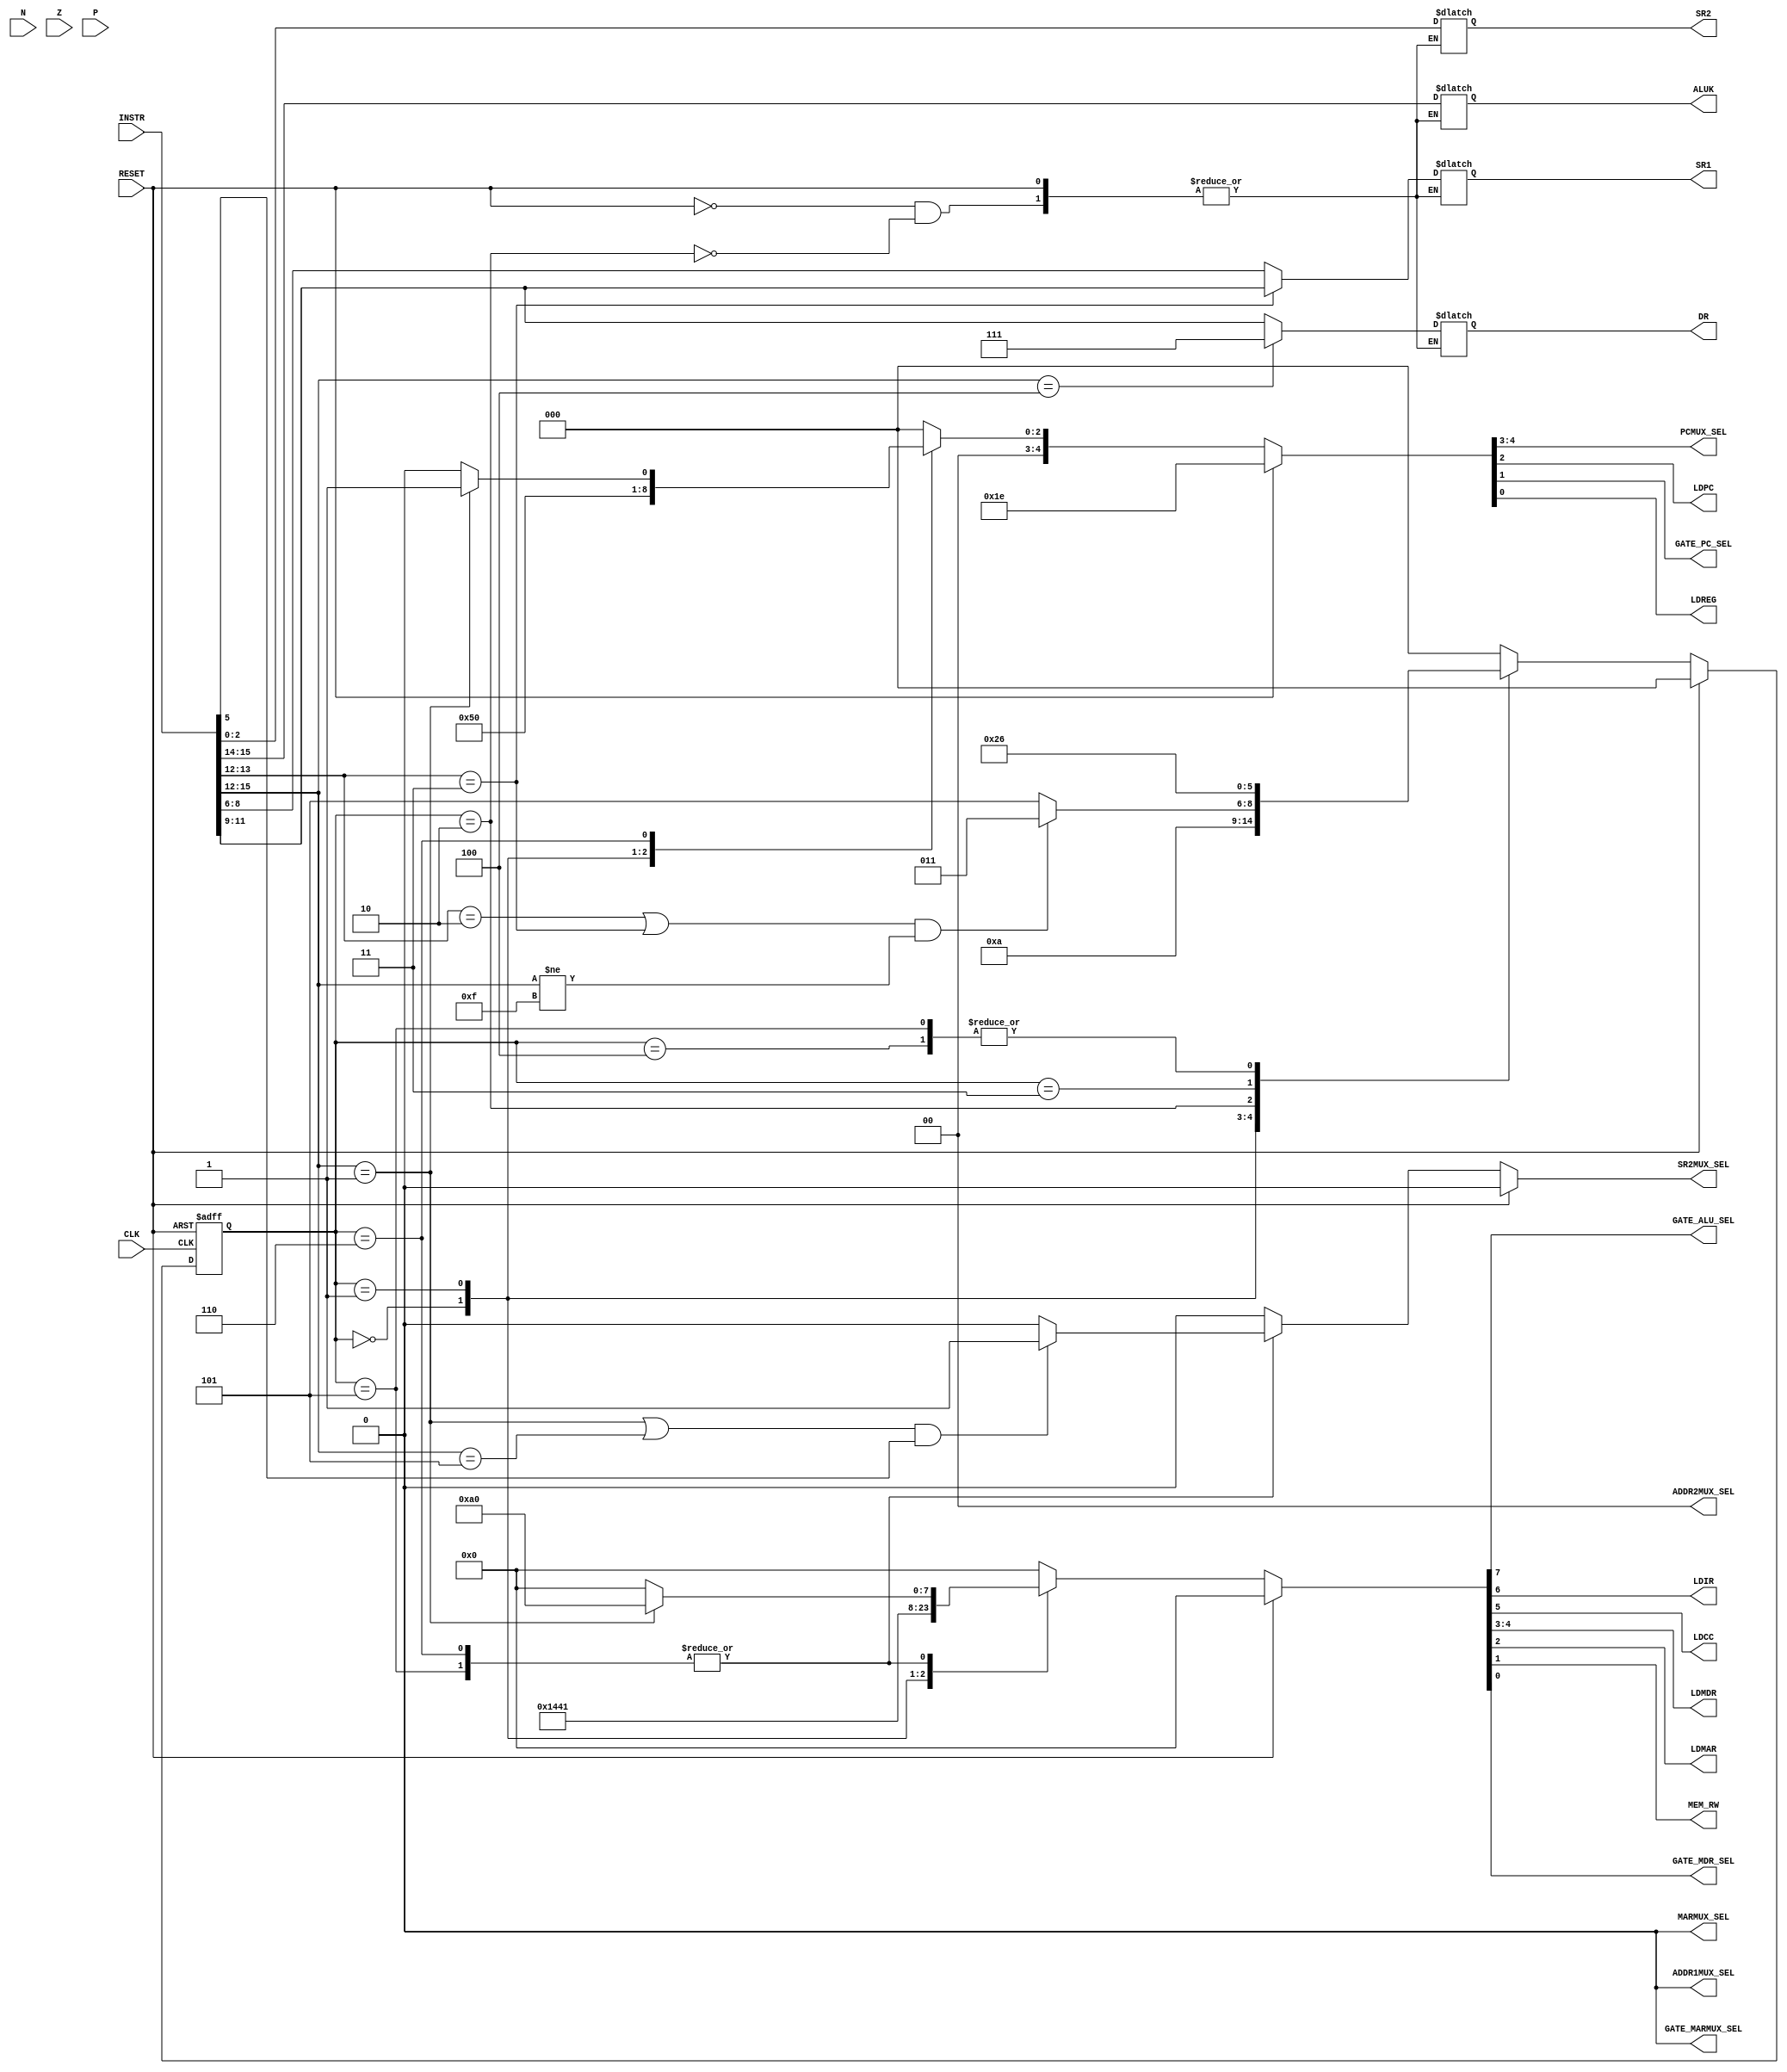


module fsm_control( RESET, CLK, 
                    INSTR, 
                    N, Z, P, 
                    MARMUX_SEL, 
                    GATE_MARMUX_SEL, 
                    PCMUX_SEL, 
                    LDPC, 
                    GATE_PC_SEL, 
                    SR1, SR2, DR, 
                    LDREG, 
                    SR2MUX_SEL, 
                    ADDR2MUX_SEL, ADDR1MUX_SEL, 
                    ALUK, GATE_ALU_SEL,
                     LDIR, LDCC, 
                     LDMDR, LDMAR, MEM_RW, GATE_MDR_SEL);

    input            RESET;
    input            CLK;
    input [15:0]     INSTR;
    input            N;
    input            Z;
    input            P;
    output           MARMUX_SEL;
    output           GATE_MARMUX_SEL;
    output [1:0]     PCMUX_SEL;
    output           LDPC;
    output           GATE_PC_SEL;
    output [2:0]     SR1;
    reg    [2:0]     SR1;
    output [2:0]     SR2;
    reg    [2:0]     SR2;
    output [2:0]     DR;
    reg    [2:0]     DR;
    output           LDREG;
    output           SR2MUX_SEL;
    output [1:0]     ADDR2MUX_SEL;
    output           ADDR1MUX_SEL;
    output [1:0]     ALUK;
    reg    [1:0]     ALUK;
    output           GATE_ALU_SEL;
    output           LDIR;
    output           LDCC;
    output [1:0]     LDMDR;
    output           LDMAR;
    output           MEM_RW;
    output           GATE_MDR_SEL;
    
    
    parameter [2:0] fsm_state_F1 = 0,  // FETCH:  PC
                    fsm_state_F2 = 1,  // FETCH:  PCIRPC
                    fsm_state_D  = 2,  // DECODE: ; 
                    fsm_state_EA = 3,  // EVALUATE ADDRESS 
                    fsm_state_OP = 4,  // FETCH OPERAND
                    fsm_state_EX = 5,  // EXECUTE
                    fsm_state_S  = 6;  // STORE RESULT

    reg [2:0]        CURRENT_STATE;
    reg [2:0]        NEXT_STATE;
    reg [18:0]       CURRENT_SIGNALS;
    wire [3:0]       OPCODE;
 
    parameter ADD = 4'b0001; 
    parameter AND = 4'b0101; 
    parameter BR  = 4'b0000;
    parameter JMP = 4'b1100; 
    parameter JSR = 4'b0100;
    parameter LD  = 4'b0010; 
    parameter LDI = 4'b1010;
    parameter LDR = 4'b0110;
    parameter LEA = 4'b1110;
    parameter NOT = 4'b1001;
    parameter RTI = 4'b1000;
    parameter ST  = 4'b0011; 
    parameter STI = 4'b1011;
    parameter STR = 4'b0111;
    parameter TRAP= 4'b1111;  

    parameter MARMUX_SEL_ZEXT7  =19'b10_00_0000_00_0000_00_000;
    parameter GATE_MARMUX_EN    =19'b01_00_0000_00_0000_00_000;
    parameter PCMUX_SEL_PLUS    =19'b00_00_0000_00_0000_00_000;
    parameter PCMUX_SEL_OFFSET  =19'b00_01_0000_00_0000_00_000;
    parameter PCMUX_SEL_DIRECT  =19'b00_10_0000_00_0000_00_000;
    parameter LDPC_EN           =19'b00_00_1000_00_0000_00_000;
    parameter GATE_PC_SEL_EN    =19'b00_00_0100_00_0000_00_000;
    parameter LDREG_EN          =19'b00_00_0010_00_0000_00_000;
    parameter SR2MUX_SEL_SEXT4  =19'b00_00_0001_00_0000_00_000;
    parameter ADDR2MUX_SEXT5    =19'b00_00_0000_01_0000_00_000;
    parameter ADDR2MUX_SEXT8    =19'b00_00_0000_10_0000_00_000;
    parameter ADDR2MUX_SEXT10   =19'b00_00_0000_11_0000_00_000;
    parameter ADDR1MUX_PCOUT    =19'b00_00_0000_00_1000_00_000;
    parameter ADDR1MUX_SR1      =19'b00_00_0000_00_0000_00_000;
    parameter GATE_ALU_SEL_EN   =19'b00_00_0000_00_0100_00_000;
    parameter LDIR_EN           =19'b00_00_0000_00_0010_00_000;
    parameter LDCC_EN           =19'b00_00_0000_00_0001_00_000;
    parameter LDMDR_LD_MEMOUT   =19'b00_00_0000_00_0000_10_000;
    parameter LDMDR_LD_BUS      =19'b00_00_0000_00_0000_11_000;
    parameter LDMDR_MEMOUT      =19'b00_00_0000_00_0000_00_000;
    parameter LDMDR_BUS         =19'b00_00_0000_00_0000_01_000;
    parameter LDMAR_LD          =19'b00_00_0000_00_0000_00_100;
    parameter MEM_WE            =19'b00_00_0000_00_0000_00_010;
    parameter MEM_RD            =19'b00_00_0000_00_0000_00_000;
    parameter GATE_MDR_EN       =19'b00_00_0000_00_0000_00_001;

    assign OPCODE          = INSTR[15:12];
    assign MARMUX_SEL      = CURRENT_SIGNALS[18];
    assign GATE_MARMUX_SEL = CURRENT_SIGNALS[17];
    assign PCMUX_SEL       = CURRENT_SIGNALS[16:15];
    assign LDPC            = CURRENT_SIGNALS[14];
    assign GATE_PC_SEL     = CURRENT_SIGNALS[13];
    assign LDREG           = CURRENT_SIGNALS[12];
    assign SR2MUX_SEL      = CURRENT_SIGNALS[11];
    assign ADDR2MUX_SEL    = CURRENT_SIGNALS[10:9];
    assign ADDR1MUX_SEL    = CURRENT_SIGNALS[8];
    assign GATE_ALU_SEL    = CURRENT_SIGNALS[7];
    assign LDIR            = CURRENT_SIGNALS[6];
    assign LDCC            = CURRENT_SIGNALS[5];
    assign LDMDR           = CURRENT_SIGNALS[4:3];
    assign LDMAR           = CURRENT_SIGNALS[2];
    assign MEM_RW          = CURRENT_SIGNALS[1];
    assign GATE_MDR_SEL    = CURRENT_SIGNALS[0];
    
    
    always @(posedge CLK or posedge RESET)
    begin: sync_proc
        if (RESET == 1'b1)
            CURRENT_STATE <= fsm_state_F1;
        else 
            CURRENT_STATE <= NEXT_STATE;
    end
    
    
    always @(CURRENT_STATE or RESET)
    begin: comb_proc
        if (RESET == 1'b1)
        begin
            CURRENT_SIGNALS <= 19'b0011110000000000000;
            NEXT_STATE <= fsm_state_F1;
        end
        else
        begin
            CURRENT_SIGNALS <= 19'b0000000000000000000;
            $display("\n %m: At time %0t : CURRENT_STATE = %d",$time,CURRENT_STATE);
            case (CURRENT_STATE)
                // FETCH 1:  PCMDR
                fsm_state_F1 :
                begin
                    // GATE_PC_SEL: send pc to bus
                    // LDMAR : get the pc from bus into MAR(open the memory) 
                    // LDMDR : get the instr from memory into MDR ( instr doesn't go into bus)
                    // PC -> Bus -> MAR -> Memory -> MDR
                    CURRENT_SIGNALS <= GATE_PC_SEL_EN | LDMAR_LD | LDMDR_LD_MEMOUT;  //19'b00_00_010000000010100;              
                    NEXT_STATE <= fsm_state_F2;
                end 

                // FETCH 2:  PCIRPC
                fsm_state_F2 : 
                begin
                    // GATE_MDR_SEL: get instr from memory into bus 
                    // LDIR : get instr from bus into IR 
                    // LDPC : next PC PC+1 address into PC
                    CURRENT_SIGNALS <= LDPC_EN | LDIR_EN |GATE_MDR_EN ;              //19'b00_00_1000_00_0010_00_001;
                    NEXT_STATE <= fsm_state_D;
                end
                
                // DECODE: ; 
                fsm_state_D :
                begin
                    $display("%m: At time %0t : OPCODE = %b",$time,OPCODE);
                    CURRENT_SIGNALS <= 19'b0000000000000000000;
                    
                    // OPCODE:instructions:
                    if ((OPCODE[1:0] == 2'b10 | OPCODE[1:0] == 2'b11) & OPCODE != 4'b1111)
                        NEXT_STATE <= fsm_state_EA;
                    else
                        NEXT_STATE <= fsm_state_EX;
                    
                    // set ALU mode
                    ALUK <= INSTR[15:14];
                    
                    // source register 
                    if(OPCODE[1:0] == 2'b11)  SR1 <= INSTR[11:9]; // instuction: ST 
                    else                      SR1 <= INSTR[8:6];
                    
                    SR2 <= INSTR[2:0];
                    
                    // Destination register
                    if (OPCODE == 4'b0100)  // instuction: JSR=0100
                        DR <= 3'b111;
                    else
                        DR <= INSTR[11:9];
                end
                
                // EVALUATE ADDRESS 
                fsm_state_EA :
                begin
                    // please add code to improve the function//
                    NEXT_STATE <= fsm_state_OP;
                end
                
                // FETCH OPERAND
                fsm_state_OP :
                begin
                    // please add code to improve the function//
                    NEXT_STATE <= fsm_state_S;
                end
                
                fsm_state_EX :
                begin
                    case (OPCODE)
                        // ALU -> Bus
                        ADD : CURRENT_SIGNALS <= LDCC_EN |GATE_ALU_SEL_EN ;//19'b0000000000010100000;   //-- ADD
                        default: CURRENT_SIGNALS <= 19'b0000000000000000000;
                    endcase
                    
                    if ((OPCODE == 4'b0001 | OPCODE == 4'b0101) & INSTR[5] == 1'b1)
                        CURRENT_SIGNALS[11] <= 1'b1; // SR2MUX_SEL
                    
                    NEXT_STATE <= fsm_state_S;
                end
                
                fsm_state_S :
                begin
                    case(OPCODE)
                        // ALU -> Bus -> RegFile(DR)
                        ADD  :  CURRENT_SIGNALS <= LDCC_EN|GATE_ALU_SEL_EN |LDREG_EN ;//19'b0000001000010100000;//  -- ADD
                        default :  CURRENT_SIGNALS <= 19'b0000000000000000000;
                    endcase
                    NEXT_STATE <= fsm_state_F1;
                    
                    if ((OPCODE == 4'b0001 | OPCODE == 4'b0101) & INSTR[5] == 1'b1)
                        CURRENT_SIGNALS[11] <= 1'b1; // SR2MUX_SEL to SEXT4
                end
                
                default :begin
                    CURRENT_SIGNALS <= {19{1'b0}};
                    NEXT_STATE <= fsm_state_F1;
                end
            endcase
        end
    end

endmodule

module fsm_control_tb;
    reg CLK,RESET;

    fsm_control U_fsm_control(.CLK(CLK),.RESET(RESET));

    always #10 CLK=~CLK;
    initial begin
        CLK=1;
        RESET =1;
        #50 RESET = 0;
    end

endmodule